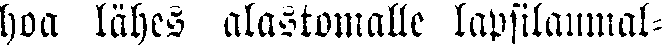
hoa lähes alastomalle lapsilaumal-